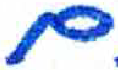
אות: ם